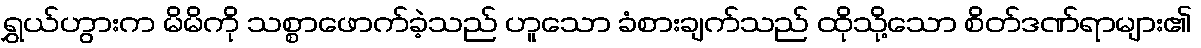
ရွှယ်ဟွားက မိမိကို သစ္စာဖောက်ခဲ့သည် ဟူသော ခံစားချက်သည် ထိုသို့သော စိတ်ဒဏ်ရာများ၏